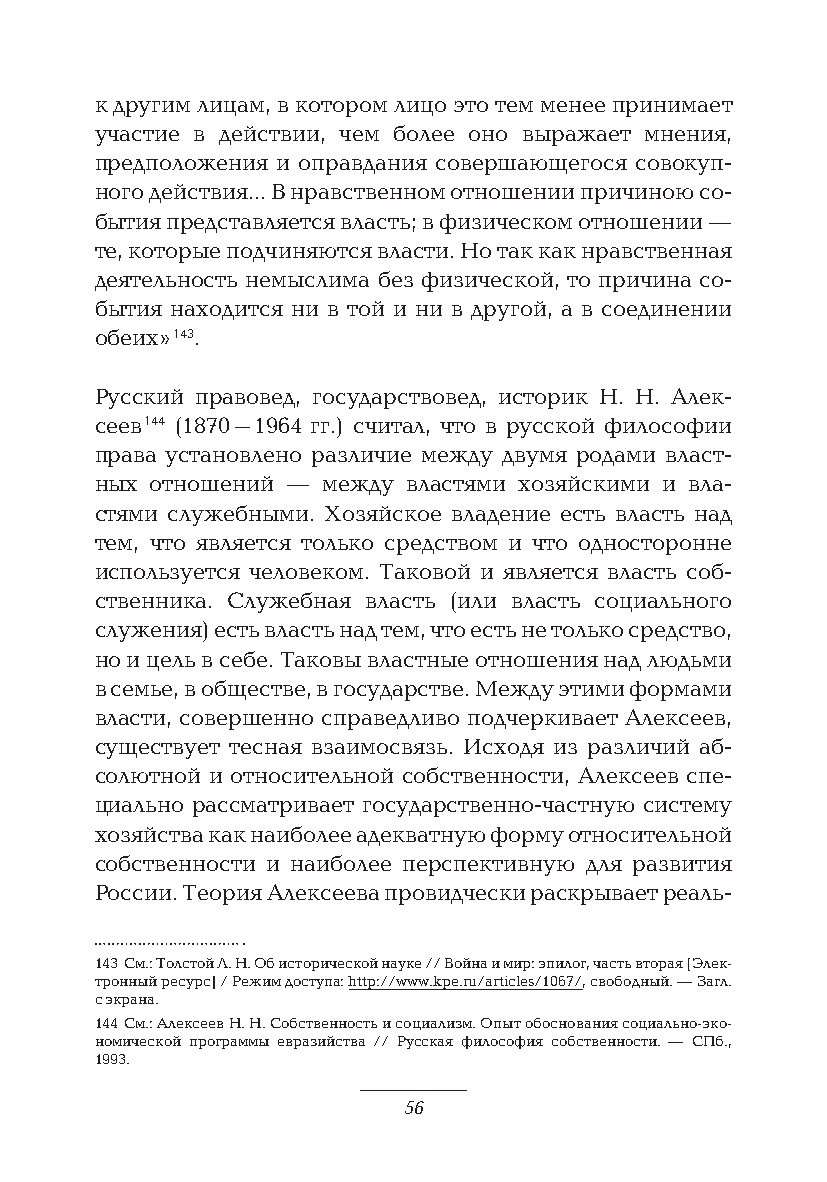
к другим лицам, в котором лицо это тем менее принимает
 участие в действии, чем более оно выражает мнения,
 предположения и оправдания совершающегося совокуп-
 ного действия… В нравственном отношении причиною со-
 бытия представляется власть; в физическом отношении —
 те, которые подчиняются власти. Но так как нравственная
 деятельность немыслима без физической, то причина со-
 бытия находится ни в той и ни в другой, а в соединении
 обеих» 143.
 Русский правовед, государствовед, историк Н. Н. Алек-
 сеев 144 (1870–1964 гг.) считал, что в русской философии
 права установлено различие между двумя родами власт-
 ных отношений — между властями хозяйскими и вла-
 стями служебными. Хозяйское владение есть власть над
 тем, что является только средством и что односторонне
 используется человеком. Таковой и является власть соб-
 ственника. Служебная власть (или власть социального
 служения) есть власть над тем, что есть не только средство,
 но и цель в себе. Таковы властные отношения над людьми
 в семье, в обществе, в государстве. Между этими формами
 власти, совершенно справедливо подчеркивает Алексеев,
 существует тесная взаимосвязь. Исходя из различий аб-
 солютной и относительной собственности, Алексеев спе-
 циально рассматривает государственно-частную систему
 хозяйства как наиболее адекватную форму относительной
 собственности и наиболее перспективную для развития
 России. Теория Алексеева провидчески раскрывает реаль-
 143 См.: Толстой Л. Н. Об исторической науке // Война и мир: эпилог, часть вторая [Элек-
 тронный ресурс] / Режим доступа: http://www.kpe.ru/articles/1067/, свободный. — Загл.
 с экрана.
 144 См.: Алексеев Н. Н. Собственность и социализм. Опыт обоснования социально-эко-
 номической программы евразийства // Русская философия собственности. — СПб.,
 1993.
 56